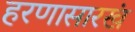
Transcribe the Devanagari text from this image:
हरणासारखं